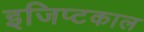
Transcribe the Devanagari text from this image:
इजिप्टकाल